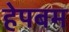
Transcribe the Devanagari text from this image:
हेपबम